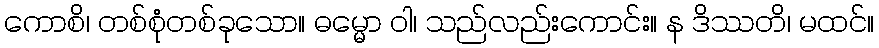
ကောစိ၊ တစ်စုံတစ်ခုသော။ ဓမ္မော ဝါ၊ သည်လည်းကောင်း။ န ဒိဿတိ၊ မထင်။